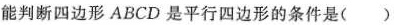
能判断四边形ABCD是平行四边形的条件是( )